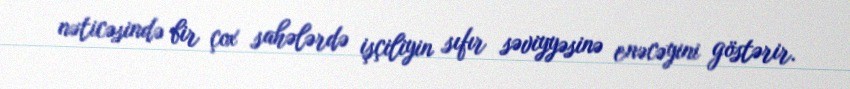
nəticəsində bir çox sahələrdə işçiliyin sıfır səviyyəsinə enəcəyini göstərir.